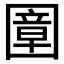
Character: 𡈠